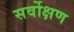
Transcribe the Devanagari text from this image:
सर्वोक्षण